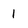
Character: 1